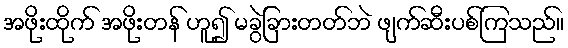
အဖိုးထိုက် အဖိုးတန် ဟူ၍ မခွဲခြားတတ်ဘဲ ဖျက်ဆီးပစ်ကြသည်။